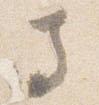
寺